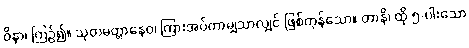
ဝိနာ၊ ကြဉ်၍။ သုတမတ္တာနေဝ၊ ကြားအပ်ကာမျှသာလျှင် ဖြစ်ကုန်သော။ တာနိ၊ ထို ၅-ပါးသော